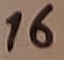
Text: 16